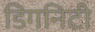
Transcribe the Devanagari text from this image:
डिगनिटी